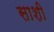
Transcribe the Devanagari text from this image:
साशी